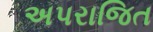
અપરાજિત